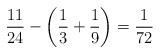
LaTeX: \begin{align*}\frac{11}{24} - \left( \frac{1}{3} + \frac{1}{9} \right) = \frac{1}{72}\end{align*}